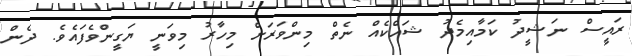
ރައީސް ނަޝީދު ކަމާއިމެދު ޝައްކެއް ނެތް މިންވަރަށް މިހާރު މިވަނީ ޔަގީންވެފައެވެ. ދެން